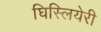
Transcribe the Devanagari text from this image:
घिस्लियेरी